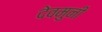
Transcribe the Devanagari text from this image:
देवमुनी